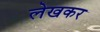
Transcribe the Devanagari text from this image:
लेखकर